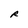
Character: R